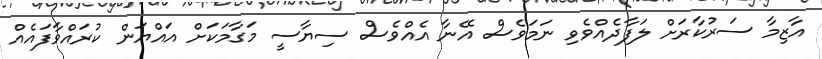
އާޒިމާ ސަރުކާރަށް ލަފާދެއްވެވި ނަމަވެސް އޭނާ އެއްވެސް ސިޔާސީ މަގާމަކަށް އައްޔަން ކުރައްވާފައެއް